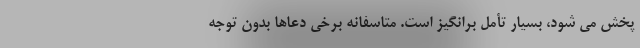
پخش می شود، بسیار تأمل برانگیز است. متاسفانه برخی دعاها بدون توجه